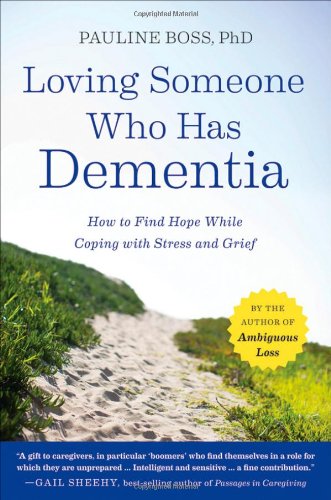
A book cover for Loving Someone Who Has Dementia: How to Find Hope while Coping with Stress and Grief; Pauline Boss; Parenting & Relationships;